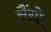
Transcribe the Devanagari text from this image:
सैंग्रो